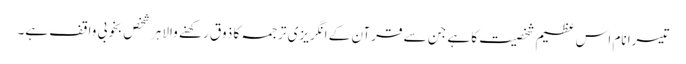
تیسرا نام اس عظیم شخصیت کا ہے جن سے قرآن کے انگریزی ترجمہ کا ذوق رکھنے والا ہر شخص بخوبی واقف ہے۔